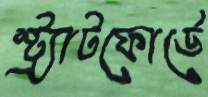
স্ট্র্যাটফোর্ডে